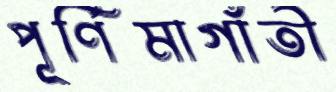
পূর্ণিমাগাঁতী